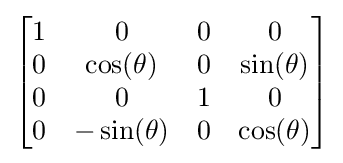
{\begin{bmatrix}1&0&0&0\\0&\cos(\theta )&0&\sin(\theta )\\0&0&1&0\\0&-\sin(\theta )&0&\cos(\theta )\end{bmatrix}}